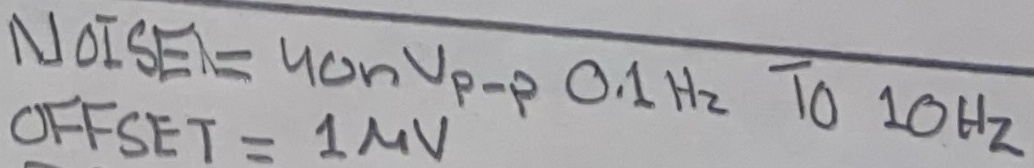
Text: Noise = 40nVp-p 0.1Hz to 10Hz